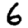
Digit: 6